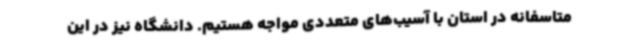
متاسفانه در استان با آسیب‌های متعددی مواجه هستیم. دانشگاه نیز در این